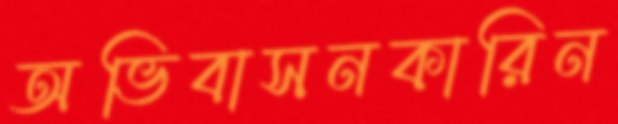
অভিবাসনকারিন